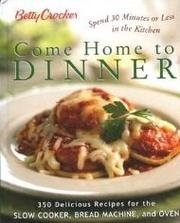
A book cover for Betty Crocker Come Home To Dinner: 350 Delicious Recipes For The Slow Cooker, Bread Machine, And Oven; Betty Crocker; Cookbooks, Food & Wine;